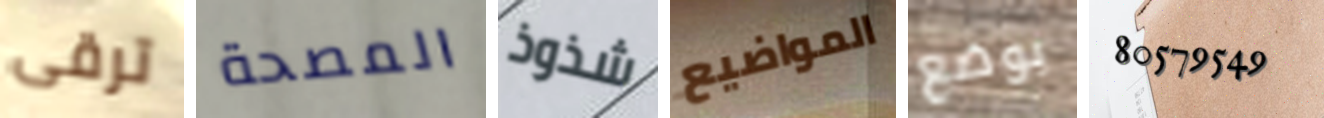
ترقى المصحة شذوذ المواضيع بوضع 80579549